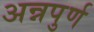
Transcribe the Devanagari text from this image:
अन्नपुर्ण